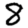
Digit: 8